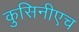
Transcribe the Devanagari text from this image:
कुसिनीएच